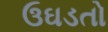
ઉઘડતો